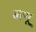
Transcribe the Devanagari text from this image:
बाप्पू